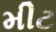
મીટ